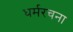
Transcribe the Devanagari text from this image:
धर्मरचना